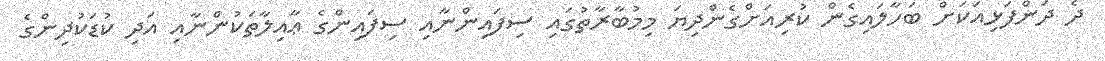
ދެ ދަންފަޅިއަކަށް ބަހާލައިގެން ކުރިއަށްގެންދިޔަ މިމުބާރާތުގައި ސިފައިންނާއި ސިފައިންގެ ޢާއިލާތަކުންނާއި އަދި ކުޑަކުދިންގެ